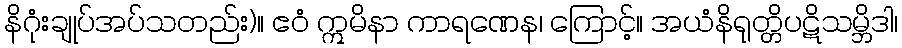
နိဂုံးချုပ်အပ်သတည်း)။ ဧဝံ ဣမိနာ ကာရဏေန၊ ကြောင့်။ အယံနိရုတ္တိပဋိသမ္ဘိဒါ၊